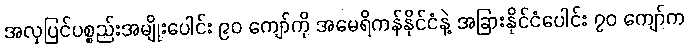
အလှပြင်ပစ္စည်းအမျိုးပေါင်း ၉၀ ကျော်ကို အမေရိကန်နိုင်ငံနဲ့ အခြားနိုင်ငံပေါင်း ၇၀ ကျော်က